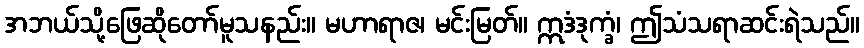
အဘယ်သို့ဖြေဆိုတော်မူသနည်း။ မဟာရာဇ၊ မင်းမြတ်။ ဣဒံဒုက္ခံ၊ ဤသံသရာဆင်းရဲသည်။